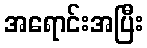
အရောင်းအပြီး